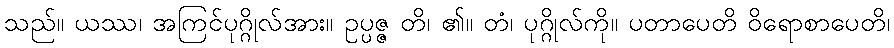
သည်။ ယဿ၊ အကြင်ပုဂ္ဂိုလ်အား။ ဥပ္ပဇ္ဇ တိ၊ ၏။ တံ၊ ပုဂ္ဂိုလ်ကို။ ပတာပေတိ ဝိရောစာပေတိ၊